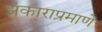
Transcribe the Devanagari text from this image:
झंकाराप्रमाणे